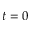
t = 0